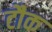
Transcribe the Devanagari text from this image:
टौक